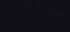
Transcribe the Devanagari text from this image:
पीडिका